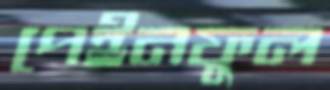
পেইনফুল